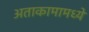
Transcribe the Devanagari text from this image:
अताकामामध्ये